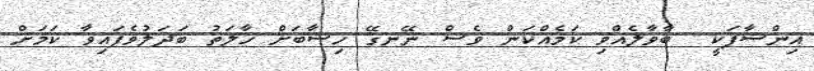
އިންސާފަކީ  ބާވާލެއްވި ކަމެއްކަން ވެސް ނޭނގޭ ހިސާބަށް ހާލަތު ބަދަލުވެފައިވާ ކަމަށް